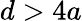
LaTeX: d>4a